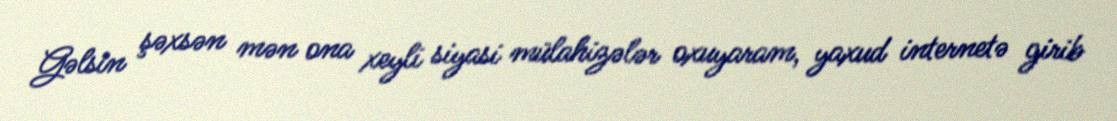
Gəlsin şəxsən mən ona xeyli siyasi mülahizələr oxuyaram, yaxud internetə girib